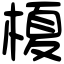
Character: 榎